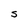
Character: S